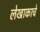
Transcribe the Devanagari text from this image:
लेखाकाचे